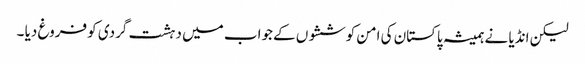
لیکن انڈیا نے ہمیشہ پاکستان کی امن کوششوں کے جواب میں دہشت گردی کو فروغ دیا ۔